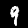
Digit: 9